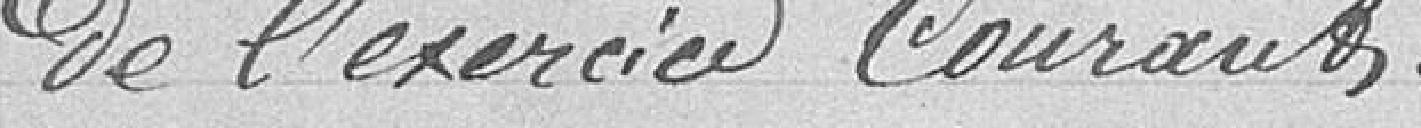
de l'exercice courant.